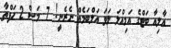
އާލިއާ ބަޓްގެ އަމިއްލަ ލަވަ އަލްބަމެއް ނެރެނީ! 7 މަސް 2 ހަފްތާ